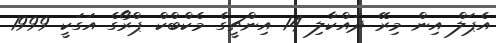
އެޕަލް އިން މިރޭ ދައްކާލި 14 އިންޗީގެ މެކްބްކް ޕްރޯގެ އަގަކީ 1999